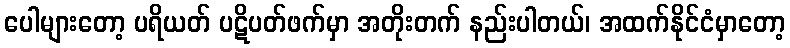
ပေါများတော့ ပရိယတ် ပဋိပတ်ဖက်မှာ အတိုးတက် နည်းပါတယ်၊ အထက်နိုင်ငံမှာတော့